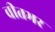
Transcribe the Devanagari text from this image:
वीतभर